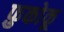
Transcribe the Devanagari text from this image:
फ़ुकोकू